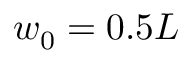
w _ { 0 } = 0 . 5 L